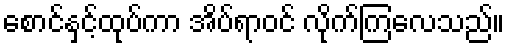
စောင်နှင့်ထုပ်ကာ အိပ်ရာဝင် လိုက်ကြလေသည်။